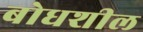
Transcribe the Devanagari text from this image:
बोधशील